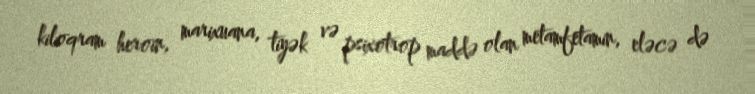
kiloqram heroin, marixuana, tiyək və psixotrop maddə olan metamfetamin, eləcə də